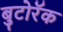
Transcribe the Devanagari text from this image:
बुटोरॅक